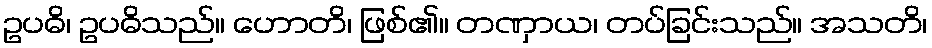
ဥပဓိ၊ ဥပဓိသည်။ ဟောတိ၊ ဖြစ်၏။ တဏှာယ၊ တပ်ခြင်းသည်။ အသတိ၊